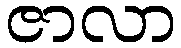
ဇာလာ